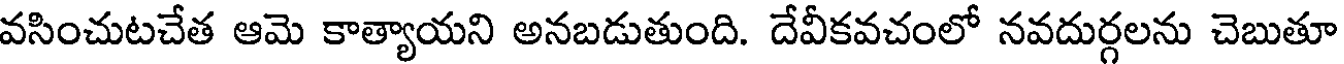
వసించుటచేత ఆమె కాత్యాయని అనబడుతుంది. దేవీకవచంలో నవదుర్గలను చెబుతూ